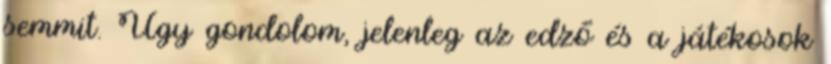
semmit. Úgy gondolom, jelenleg az edző és a játékosok